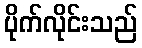
ပိုက်လိုင်းသည်